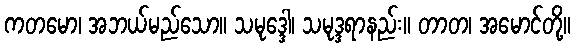
ကတမော၊ အဘယ်မည်သော။ သမုဒ္ဒေါ၊ သမုဒ္ဒရာနည်း။ တာတ၊ အမောင်တို့။